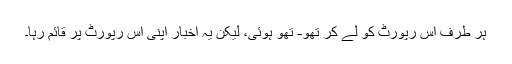
ہر طرف اس رپورٹ کو لے کر تھو- تھو ہوئی، لیکن یہ اخبار اپنی اس رپورٹ پر قائم رہا۔